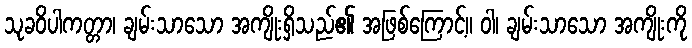
သုခဝိပါကတ္တာ၊ ချမ်းသာသော အကျိုးရှိသည်၏ အဖြစ်ကြောင့်။ ဝါ၊ ချမ်းသာသော အကျိုးကို